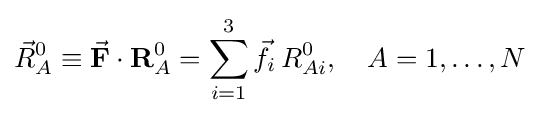
{\vec {R}}_{A}^{0}\equiv {\vec {\mathbf {F} }}\cdot \mathbf {R} _{A}^{0}=\sum _{i=1}^{3}{\vec {f}}_{i}\,R_{Ai}^{0},\quad A=1,\ldots ,N